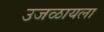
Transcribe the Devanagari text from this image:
उजळायला